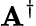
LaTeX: \mathbf{A}^{\dagger}